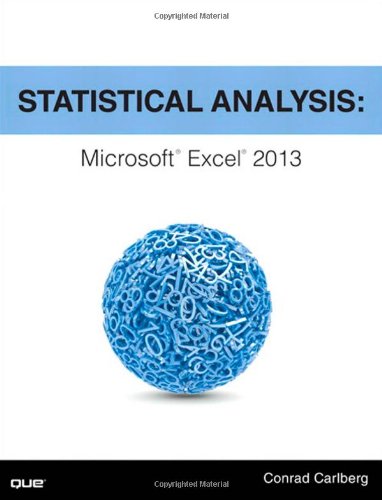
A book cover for Statistical Analysis: Microsoft Excel 2013; Conrad Carlberg; Computers & Technology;